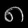
Digit: ၈